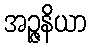
အဉ္ဇနိယာ